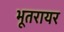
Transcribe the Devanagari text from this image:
भूतरायर